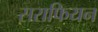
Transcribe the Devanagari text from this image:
सराफियन